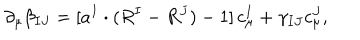
\partial _ { \mu } \beta _ { I J } = [ a ^ { I } \cdot ( R ^ { I } - R ^ { J } ) - 1 ] \, c _ { \mu } ^ { I } + \gamma _ { I J } c _ { \mu } ^ { J } ,